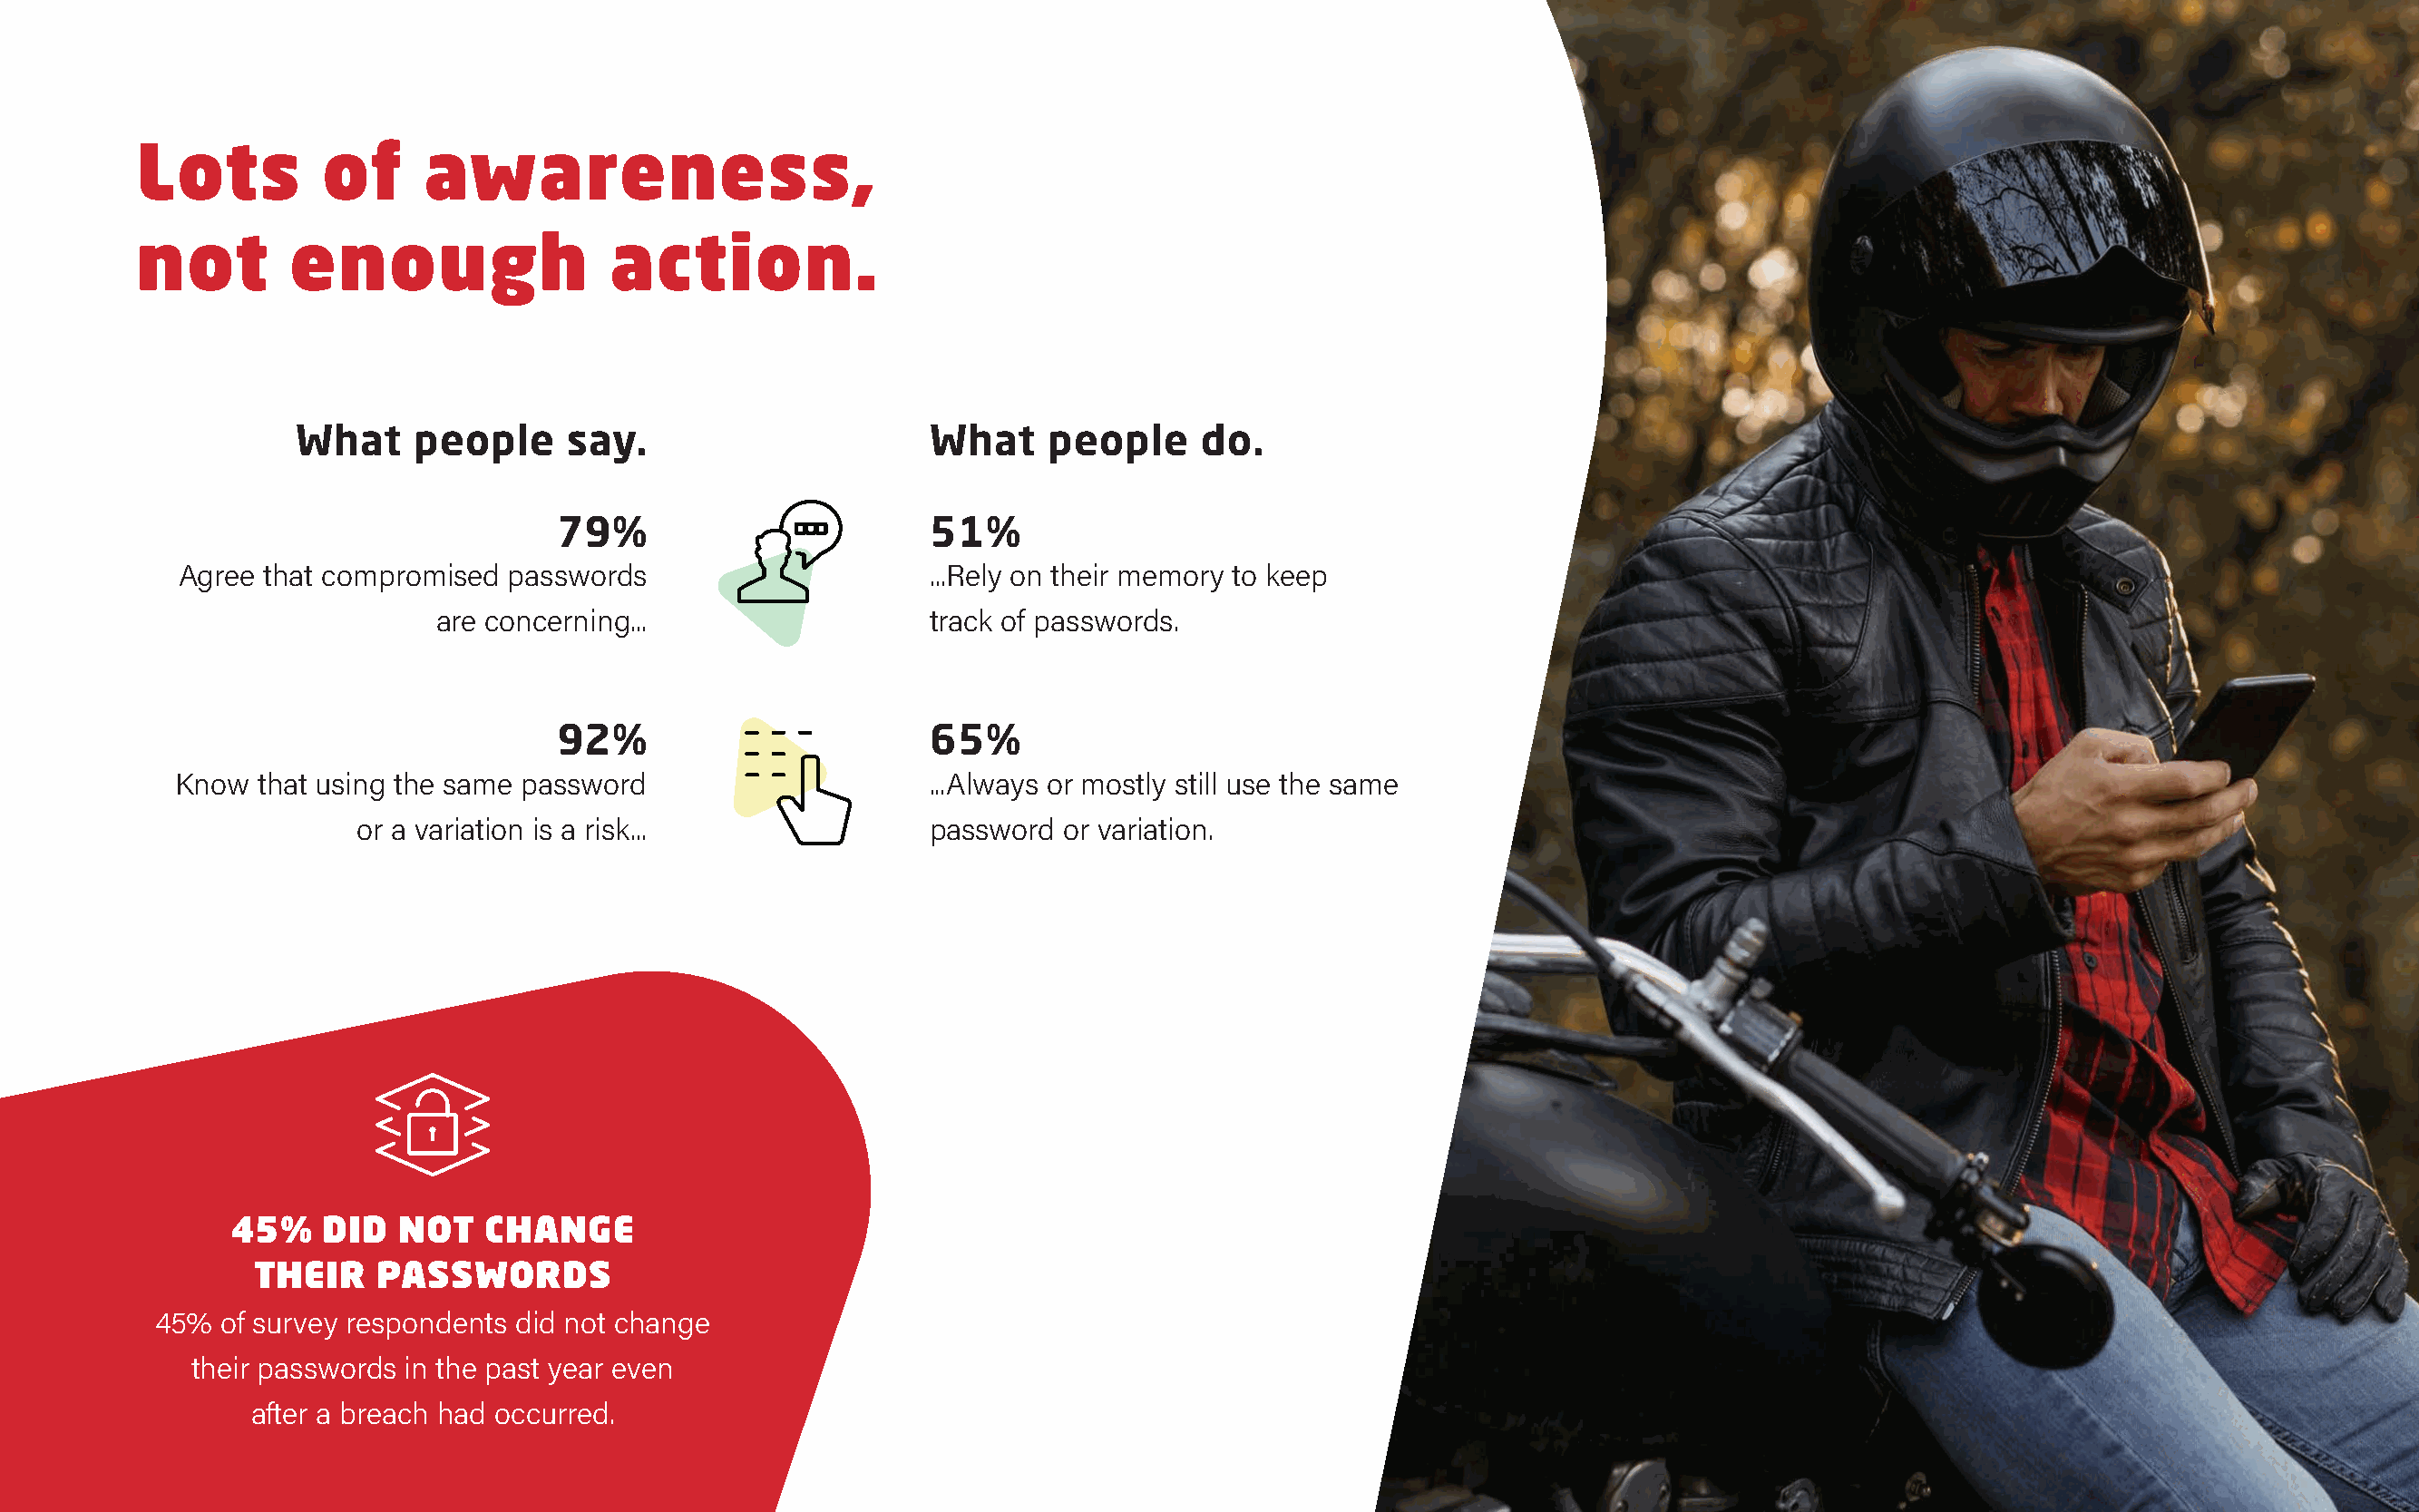
Lots          of     awareness,
 not        enough                  action.
 What    people     say.                       What    people      do.
 79%                        51%
 Agree that compromised  passwords                      ...Rely on their memory to keep
 are concerning...                   track of passwords.
 92%                        65%
 Know  that using the same password                     ...Always or mostly still use the same
 or a variation is a risk...               password  or variation.
 45%    DID  NOT   CHANGE
 THEIR    PASSWORDS
 45%  of survey respondents did not change
 their passwords in the past year even
 after a breach had occurred.